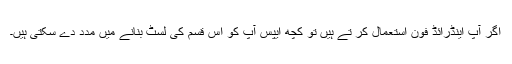
اگر آپ اینڈرائڈ فون استعمال کر تے ہیں تو کچھ ایپس آپ کو اس قسم کی لسٹ بنانے میں مدد دے سکتی ہیں۔